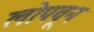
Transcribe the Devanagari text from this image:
लोपवून